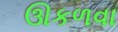
ઊકળવા